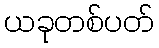
ယခုတစ်ပတ်